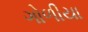
ગોળીયા